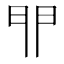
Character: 𨳈